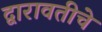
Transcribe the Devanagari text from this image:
द्वारावतीचे